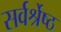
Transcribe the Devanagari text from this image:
सर्वर्श्रेष्ठ